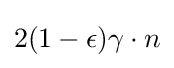
2(1-\epsilon )\gamma \cdot n